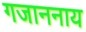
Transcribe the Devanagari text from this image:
गजाननाय